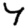
Digit: 4